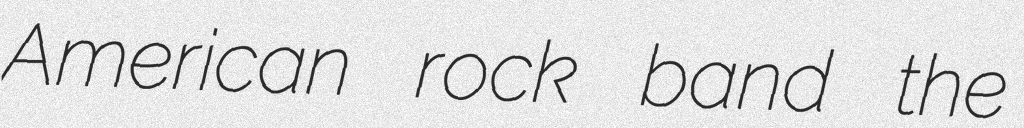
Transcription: American rock band the